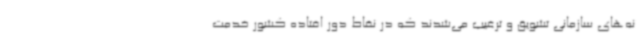
نه‌های سازمانی تشویق و ترغیب می‌شدند که در نقاط دور افتاده کشور خدمت